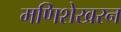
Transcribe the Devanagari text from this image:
मणिशेखरन